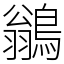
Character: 鶲